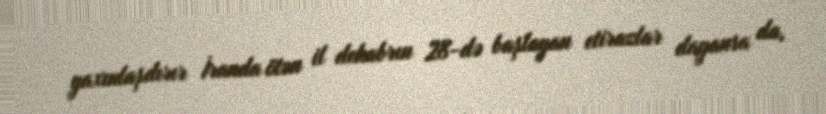
yaxınlaşdırır İranda ötən il dekabrın 28-də başlayan etirazlar dayansa da,